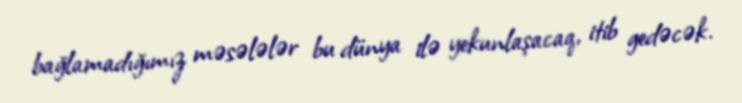
bağlamadığımız məsələlər bu dünya ilə yekunlaşacaq, itib gedəcək.